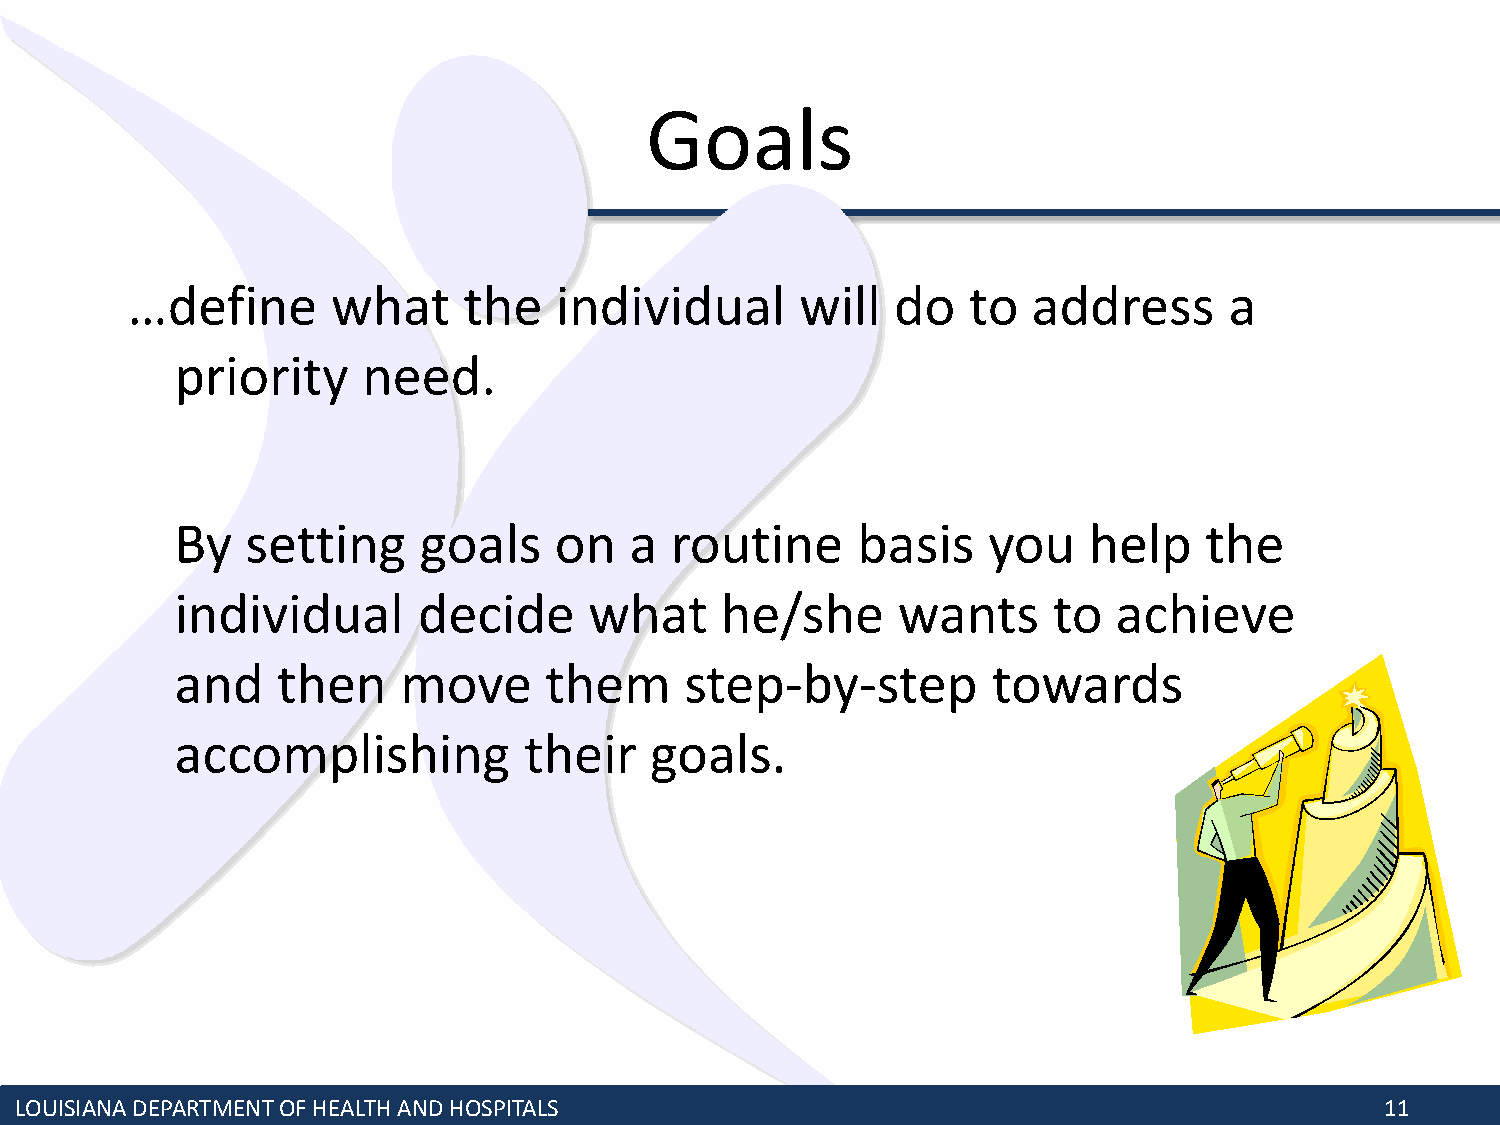
Goals
 …define       what     the   individual      will  do   to  address      a
 priority    need.
 By  setting     goals    on   a routine      basis   you    help    the
 individual      decide     what     he/she     wants      to  achieve
 and   then     move     them     step-by-step         towards
 accomplishing          their   goals.
 LOUISIANA DEPARTMENT OF HEALTH AND HOSPITALS                                               11